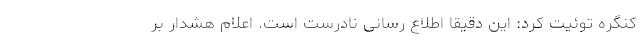
کنگره توئیت کرد: این دقیقا اطلاع رسانی نادرست است. اعلام هشدار بر